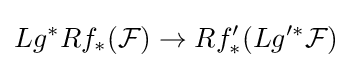
Lg^{*}Rf_{*}({\mathcal {F}})\to Rf'_{*}(Lg'^{*}{\mathcal {F}})